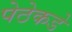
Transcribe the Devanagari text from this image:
पेठेकडे